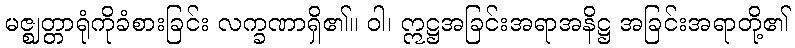
မဇ္ဈတ္တာရုံကိုခံစားခြင်း လက္ခဏာရှိ၏။ ဝါ၊ ဣဋ္ဌအခြင်းအရာအနိဋ္ဌ အခြင်းအရာတို့၏